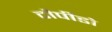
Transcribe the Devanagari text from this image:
टौर्पीडो